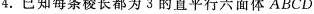
4.已知每条棱长都为3的直平行六面体ABCD